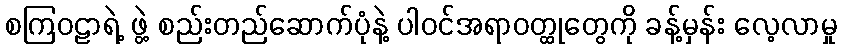
စကြဝဠာရဲ့ ဖွဲ့ စည်းတည်ဆောက်ပုံနဲ့ ပါဝင်အရာဝတ္ထုတွေကို ခန့်မှန်း လေ့လာမှု